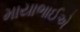
માયાભાઈએ